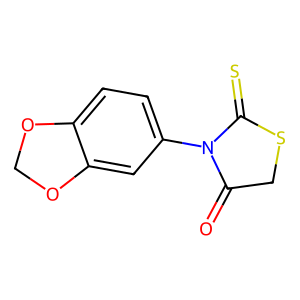
SMILES: O=C1CSC(=S)N1c1ccc2c(c1)OCO2
Inhibits HIV replication: No